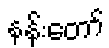
နန်းတော်